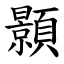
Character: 顥